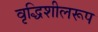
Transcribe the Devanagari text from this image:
वृद्धिशीलरूप